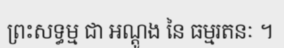
ព្រះសទ្ធម្ម ជា អណ្តូង នៃ ធម្មរតនៈ ។